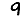
Digit: 9